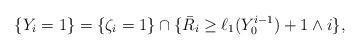
LaTeX: \begin{align*}\{Y_{i}=1\}&=\{\zeta_i=1\}\cap\{\bar R_{i}\ge\ell_1(Y_{0}^{i-1})+1\wedge i\},\end{align*}